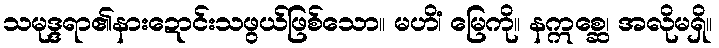
သမုဒ္ဒရာ၏နားဍောင်းသဖွယ်ဖြစ်သော။ မဟိံ၊ မြေကို။ နဣစ္ဆေ၊ အလိုမရှိ။